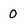
Character: 0